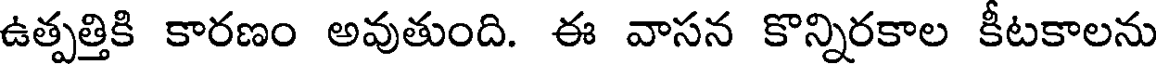
ఉత్పత్తికి కారణం అవుతుంది. ఈ వాసన కొన్నిరకాల కీటకాలను